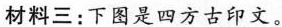
材料三：下图是四方古印文。